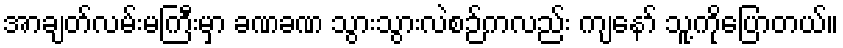
အာချတ်လမ်းမကြီးမှာ ခဏခဏ သွားသွားလဲစဉ်ကလည်း ကျနော် သူ့ကိုပြောတယ်။